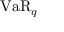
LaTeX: \operatorname { V a R } _ { q }